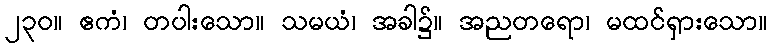
၂၃၀။ ဧကံ၊ တပါးသော။ သမယံ၊ အခါ၌။ အညတရော၊ မထင်ရှားသော။